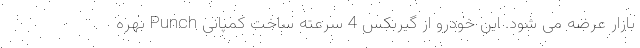
بازار عرضه می شود. این خودرو از گیربکس 4 سرعته ساخت کمپانی Punch بهره